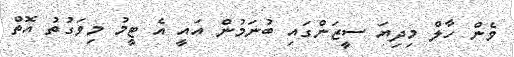
ވެން ހާލް މިދިޔަ ސީޒަންގައި ބުނަމުން އައީ އެ ޓީމު މިވަގުތު އޮތް